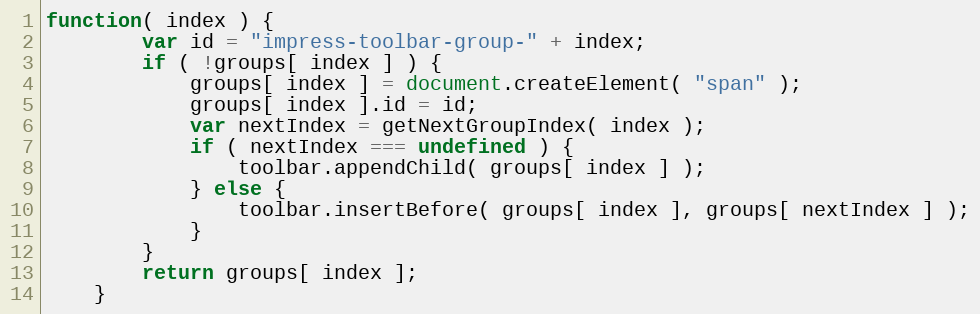
Language: JavaScript
function( index ) {
        var id = "impress-toolbar-group-" + index;
        if ( !groups[ index ] ) {
            groups[ index ] = document.createElement( "span" );
            groups[ index ].id = id;
            var nextIndex = getNextGroupIndex( index );
            if ( nextIndex === undefined ) {
                toolbar.appendChild( groups[ index ] );
            } else {
                toolbar.insertBefore( groups[ index ], groups[ nextIndex ] );
            }
        }
        return groups[ index ];
    }